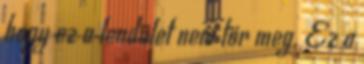
hogy ez a lendület nem tör meg. Ez a